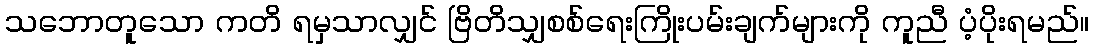
သဘောတူသော ကတိ ရမှသာလျှင် ဗြိတိသျှစစ်ရေးကြိုးပမ်းချက်များကို ကူညီ ပံ့ပိုးရမည်။